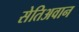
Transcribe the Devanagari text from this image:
सेतिअवान